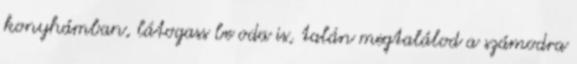
konyhámban, látogass be oda is, talán megtalálod a számodra